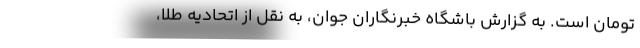
تومان است. به گزارش باشگاه خبرنگاران جوان، به نقل از اتحادیه طلا،